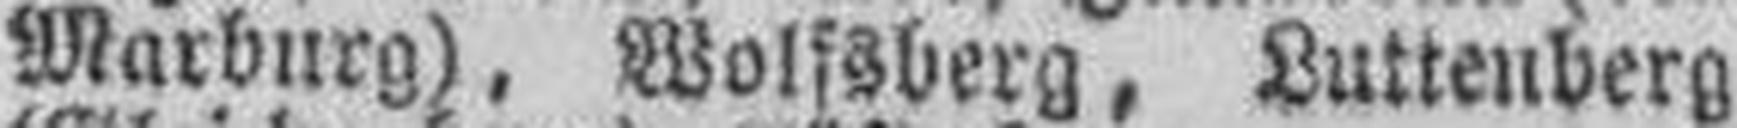
Marburg), Wolfsberg, Luttenberg